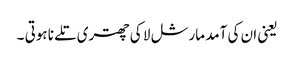
یعنی ان کی آمد مارشل لا کی چھتری تلے نا ہوتی ۔